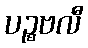
ပဉ္စဗလီ